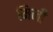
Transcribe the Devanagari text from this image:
मिनी